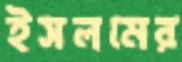
ইসলমের